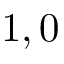
1 , 0